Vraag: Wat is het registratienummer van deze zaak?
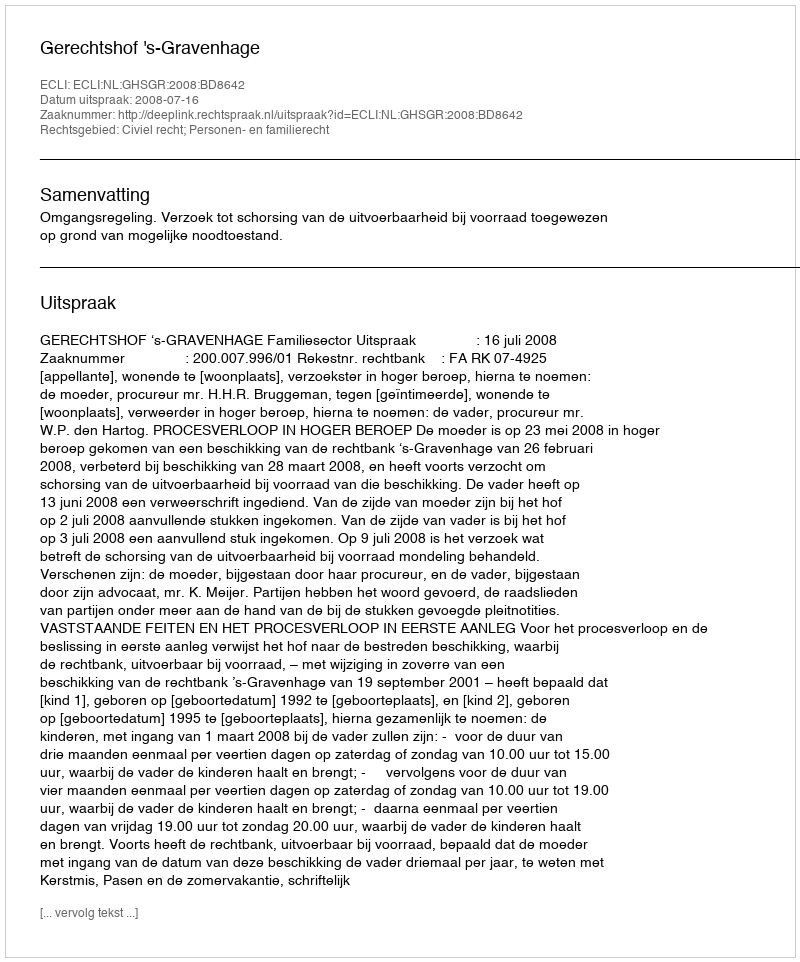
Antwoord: http://deeplink.rechtspraak.nl/uitspraak?id=ECLI:NL:GHSGR:2008:BD8642